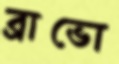
ব্রাভো